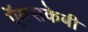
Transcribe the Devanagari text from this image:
ऍक्सकेबी